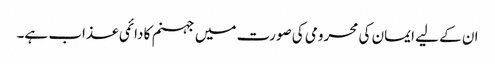
ان کے لیے ایمان کی محرومی کی صورت میں جہنم کا دائمی عذاب ہے۔